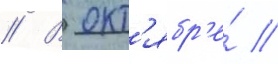
// В окт'ябр'е́ /